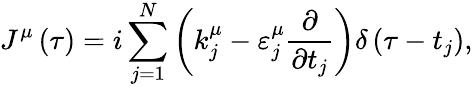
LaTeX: J^{\mu}\left(\tau\right)=i\sum_{j=1}^{N}\left(k_{j}^{\mu}-\varepsilon_{j}^{\mu}\frac{\partial}{\partial t_{j}}\right)\delta\left(\tau-t_{j}\right),